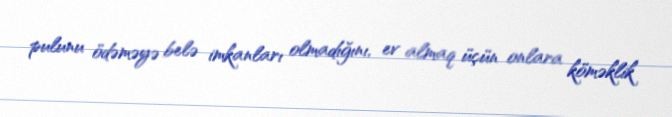
pulunu ödəməyə belə imkanları olmadığını, ev almaq üçün onlara köməklik